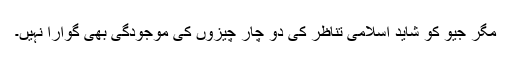
مگر جیو کو شاید اسلامی تناظر کی دو چار چیزوں کی موجودگی بھی گوارا نہیں۔